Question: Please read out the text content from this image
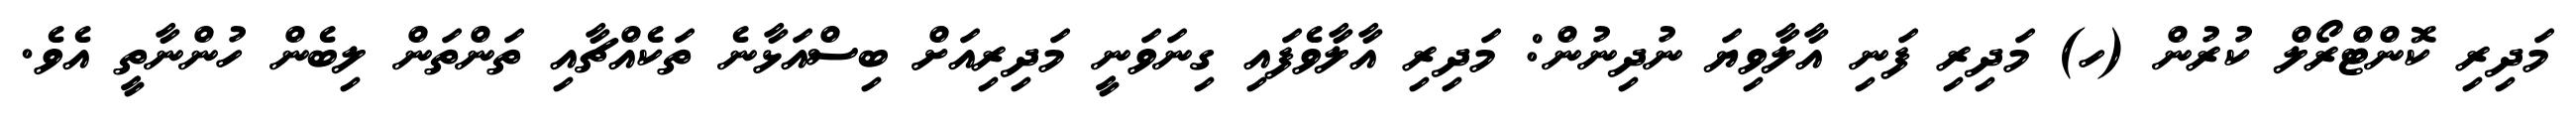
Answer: މަދިރި ކޮންޓްރޯލް ކުރުން (ހ) މަދިރި ފަނި އާލާވިޔަ ނުދިނުން: މަދިރި އާލާވެފައި ގިނަވަނީ މަދިރިއަށް ބިސްއަޅާނެ ތަކެއްޗާއި ތަންތަން ލިބެން ހުންނާތީ އެވެ.